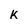
Character: k